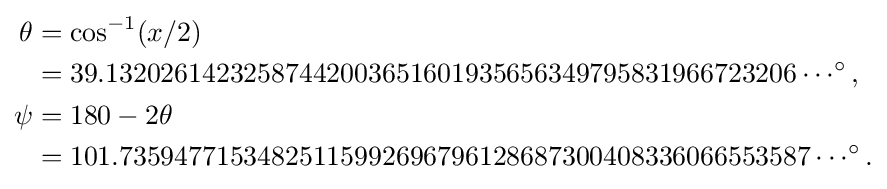
{\begin{aligned}\theta &=\cos ^{-1}(x/2)\\&=39.13202614232587442003651601935656349795831966723206\cdots ^{\circ },\\\psi &=180-2\theta \\&=101.73594771534825115992696796128687300408336066553587\cdots ^{\circ }.\\\end{aligned}}